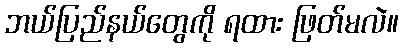
ဘယ်ပြည်နယ်တွေကို ရထား ဖြတ်မလဲ။